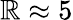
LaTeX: \mathbb{R}\approx5